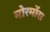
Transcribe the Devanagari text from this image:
मोरमोंस